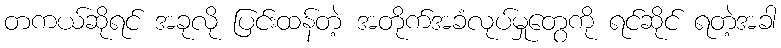
တကယ်ဆိုရင် အခုလို ပြင်းထန်တဲ့ အတိုက်အခံလုပ်မှုတွေကို ရင်ဆိုင် ရတဲ့အခါ